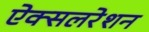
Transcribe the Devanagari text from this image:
ऐक्सलरेशन